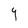
Character: Y